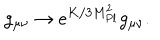
g _ { \mu \nu } \rightarrow e ^ { K / 3 M _ { P l } ^ { 2 } } g _ { \mu \nu } .